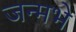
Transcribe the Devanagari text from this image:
जन्मभे